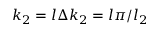
k _ { 2 } = l \Delta k _ { 2 } = l \pi / l _ { 2 }